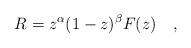
LaTeX: \begin{align*}R=z^{\alpha }(1-z)^{\beta }F(z)\quad, \end{align*}